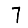
Digit: 7